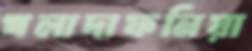
খলাদাফনিয়া